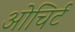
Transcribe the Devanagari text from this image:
ओचिर्ट